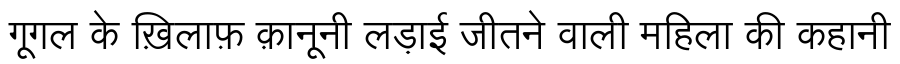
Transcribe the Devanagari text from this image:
गूगल के ख़िलाफ़ क़ानूनी लड़ाई जीतने वाली महिला की कहानी